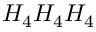
H _ { 4 } H _ { 4 } H _ { 4 }